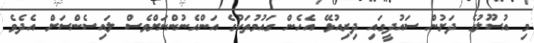
މި އުސޫލުގެ ދަށުން ސައުދީގައި ދިރިއުޅޭ އެހެން ގައުމުތަކުގެ އަންހެނުންނަށްވެސް ލައިސެންސަށް އެދެވެ